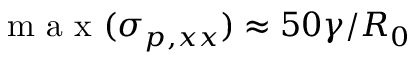
\mathrm { ~ m ~ a ~ x ~ } ( \sigma _ { p , x x } ) \approx 5 0 \gamma / R _ { 0 }